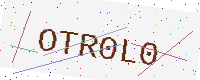
Text: OTR0L0